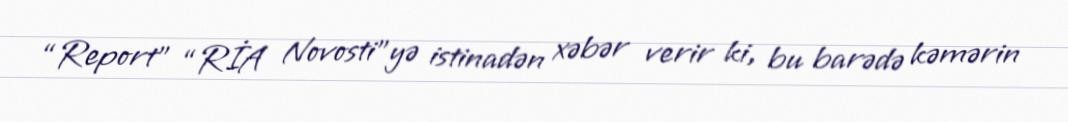
“Report” “RİA Novosti”yə istinadən xəbər verir ki, bu barədə kəmərin